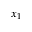
x _ { 1 }